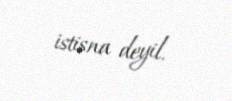
istisna deyil.